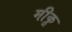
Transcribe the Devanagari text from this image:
मीकू